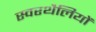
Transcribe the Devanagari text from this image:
स्वरथैलियों